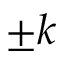
\pm k